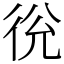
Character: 㣞